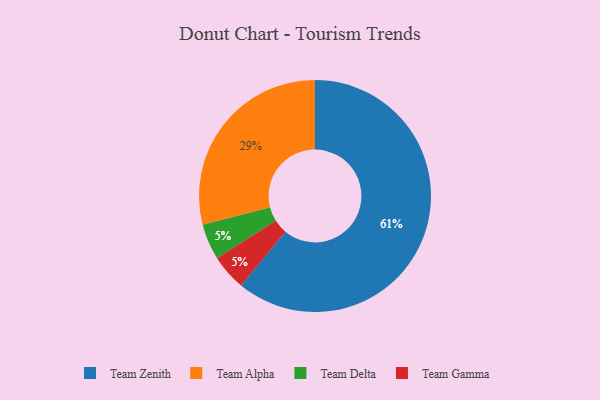
{"axis": {"x": "Category", "y": "Percentage"}, "legend": ["Team Alpha", "Team Delta", "Team Gamma", "Team Zenith"], "data": [{"x": "Team Delta", "y": 5, "type": "Team Delta"}, {"x": "Team Alpha", "y": 29, "type": "Team Alpha"}, {"x": "Team Zenith", "y": 61, "type": "Team Zenith"}, {"x": "Team Gamma", "y": 5, "type": "Team Gamma"}]}